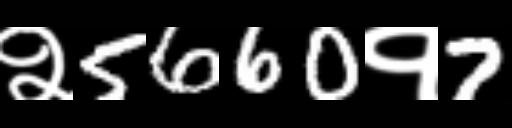
Text: २5660१7